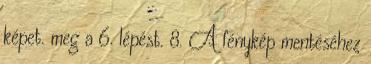
képet. meg a 6. lépést. 8. A fénykép mentéséhez